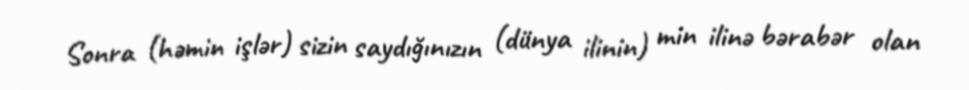
Sonra (həmin işlər) sizin saydığınızın (dünya ilinin) min ilinə bərabər olan